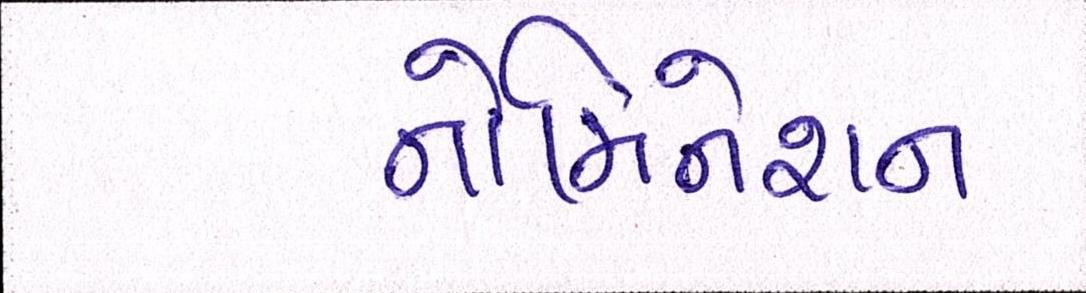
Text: નોમિનેશન